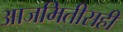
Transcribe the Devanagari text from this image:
आजमितीसही